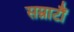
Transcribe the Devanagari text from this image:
सम्राटौं